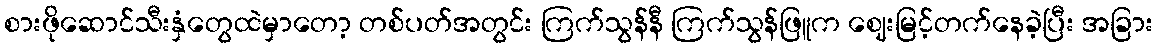
စားဖိုဆောင်သီးနှံတွေထဲမှာတော့ တစ်ပတ်အတွင်း ကြက်သွန်နီ ကြက်သွန်ဖြူက ဈေးမြင့်တက်နေခဲ့ပြီး အခြား